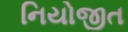
નિયોજીત